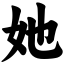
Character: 她